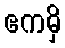
ဧကမှိ